Annual report of the Civil Veterinary Department, Bengal, for the year 1897-98 - 1897-1898
Year: 1897
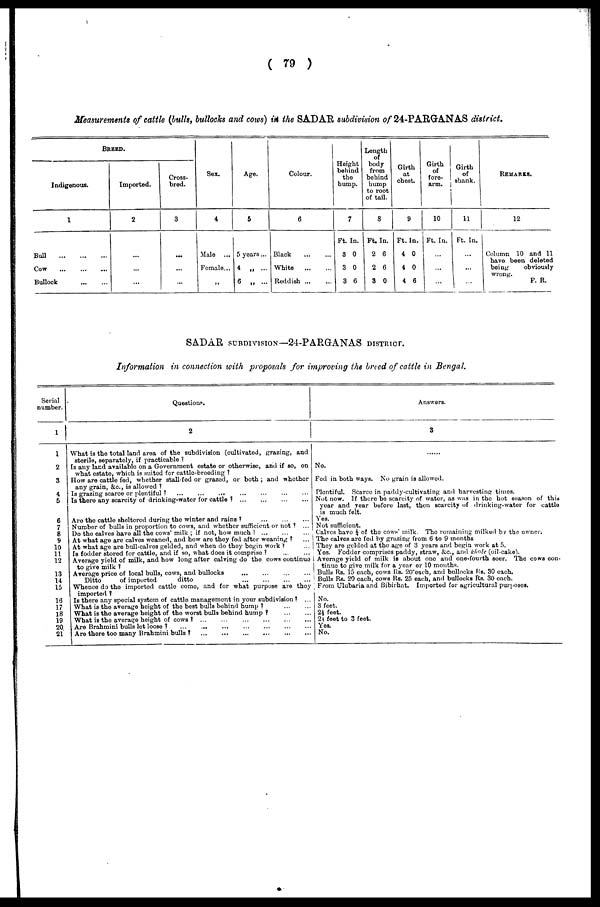
( 79 )
Measurements of cattle (bulls, bullocks and cows) in the SADAR subdivision of 24-PARGANAS district.
BREED.
Indigenous.
1
Bull
...
...
...
Cow
...
...
...
Bullock
...
...
Imported.
2
...
...
...
Cross-
bred.
3
...
...
...
Sex.
4
1
Male
...
Female ...
"
Age.
5
5 years ...
4 „ ...
6 „ ...
Colour.
6
Black
...
...
White
...
...
Reddish ... ...
Height
behind
the
hump.
Ft.
3
3
3
7
In.
0
0
6
Length
of
body
from
behind
hump
to root
of tail.
8
Ft.
2
2
3
In.
6
6
0
Girth
at
chest.
9
Ft.
4
4
4
In.
0
0
6
Girth
of
fore-
arm.
10
Ft. In.
...
...
...
Girth
of
sbank.
11
Ft. In.
...
...
...
REMARKS.
12
Column 10 and 11
have been deleted
being
obviously
wrong.
F. R.
SADAR SUBDIVISION—21-PARGANAS DISTRICT.
Information in connection with proposals for improving the breed of cattle in Bengal.
Serial
number.
1
1
2
3
4
5
6
7
8
9
10
11
12
13
14
15
16 17
18
19
20
21
Question.
2
What is the total land area of subdivision (cultivated, grazing, and
sterile, separately, if practicable ?
Is any land available on a Government estate or otherwise, and if so, on
what estate, which is suited for cattle-breeding ?
How are cattle fed, whether stall-fed or grazed, or both ; and whether
any grain, &.c, is allowed ?
Is grazing scarce or plentiful? ... ... ... ... ... ... ...
Is there- any scarcity of drinking-water for cattle ? ... ... ... ...
Are the cattle sheltered during the winter and rains ? ... ... ...
Number of bulls in proportion to cows, and whether sufficient or not ? ...
Do the calves have all the cows' milk ; if not, how much ? ... ... ...
At what ago are calves weaned, and how are they fed after weaning ? ...
At what age are bull-calves gelded, and when do they begin work ? ...
Is fodder stored for cattle, and if so, what does it comprise ? ... ...
Average yield of milk, and how long after calving do the cows continue
to give milk ?
Average price of local bulls, cows, and bullocks ... ... ... ...
Ditto
of imported
ditto
...
...
...
...
Whence do the imported cattle come, and for what purpose are they
imported ?
Is there any special system of cattle management in your subdivision ? ...
What is the average height of the best bulls behind hump ? ... ...
What is the average height of the worst bulls behind hump ? ... ...
What is the average height of cows ?
...
...
...
...
...
...
Are Brahmini bulls let loose ? ... ... ... ... ... ... .
Are there too many Brahmini bulls ?
...
...
...
...
...
...
Answers.
3
No.
Fed in both ways. No grain is allowed.
Plentiful. Scarce in paddy-cultivating and harvesting times.
Not now. If there bo scarcity of water, as was in the hot season of this
year and year before last, then scarcity of drinking-water for cattle
is much felt.
Yes.
Not sufficient.
Calves have ¼ of the cows' milk The remaining milked by the owner.
The calves arc fed by grazing from 6 to 9 months
They are gelded at the age of 3 years and begin work at .1.
Yes. Fodder comprises paddy, straw, &c, and khole (oil-cake).
Average yield of milk is about one and one-fourth scer. The cows con-
tinue to give milk for a year or 10 months.
Bulls Rs. 15 each, cows Rs. 20each, and bullocks Rs. 30 each.
Bulls Rs. 20 each, cows Rs. 25 each, and bullocks Rs. 30 each.
From Ulubaria and Bibirhat. Imported for agricultural purposes.
1 No.
3 feet.
2½ feet.
2½ feet to 3 feet.
Yes.
No.